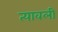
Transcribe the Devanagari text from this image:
त्यावली